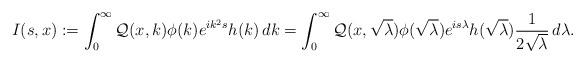
LaTeX: \begin{align*}I(s,x) := \int_0^\infty \mathcal{Q}(x,k)\phi(k)e^{ik^{2}s}h(k)\,dk& = \int_0^{\infty}\mathcal{Q}(x,\sqrt{\lambda})\phi(\sqrt{\lambda})e^{is\lambda}h(\sqrt{\lambda})\frac{1}{2\sqrt{\lambda}}\,d\lambda.\end{align*}